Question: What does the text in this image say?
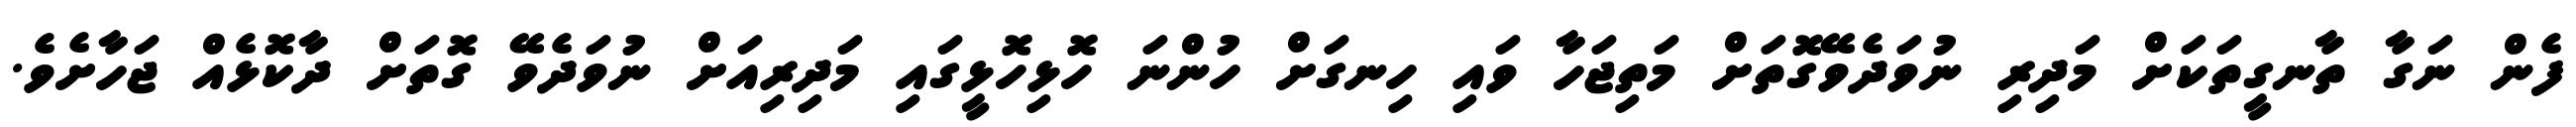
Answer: ފެން ނަގާ ތާނގީތަކަށް މަދިރި ނުވަދެވޭގޮތަށް މަތިޖަހާ ވައި ހިނގަށް ހުންނަ ހޮޅިހޮޅީގައި މަދިރިއަށް ނުވަދެވޭ ގޮތަށް ދާކޮޅެއް ޖަހާށެވެ.